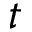
t